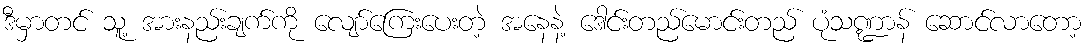
ဒီမှာတင် သူ့ အားနည်းချက်ကို လျော်ကြေးပေးတဲ့ အနေနဲ့ ဒေါင်းတည်မောင်းတည် ပုံသဏ္ဍာန် ဆောင်လာတော့